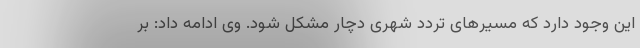
این وجود دارد که مسیرهای تردد شهری دچار مشکل شود. وی ادامه داد: بر